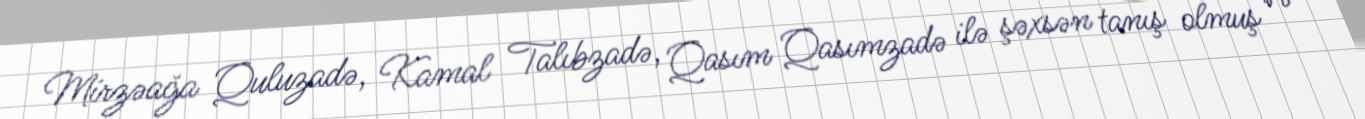
Mirzəağa Quluzadə, Kamal Talıbzadə, Qasım Qasımzadə ilə şəxsən tanış olmuş və